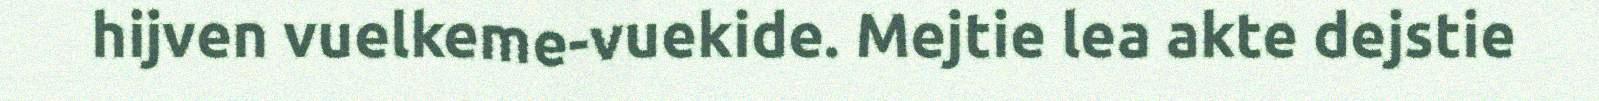
hijven vuelkeme-vuekide. Mejtie lea akte dejstie